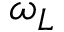
\omega _ { L }